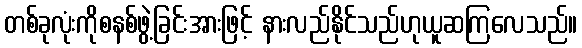
တစ်ခုလုံးကိုစနစ်ဖွဲ့ခြင်းအားဖြင့် နားလည်နိုင်သည်ဟုယူဆကြလေသည်။